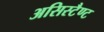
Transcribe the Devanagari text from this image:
असिस्टैण्ट